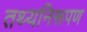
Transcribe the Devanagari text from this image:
तथ्यनिरूपण